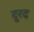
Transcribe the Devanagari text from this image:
दूरद